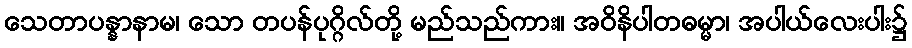
သေတာပန္နာနာမ၊ သော တပန်ပုဂ္ဂိလ်တို့ မည်သည်ကား။ အဝိနိပါတဓမ္မာ၊ အပါယ်လေးပါး၌